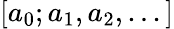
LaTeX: [a_{0};a_{1},a_{2},...]